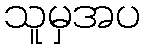
သူမှအပ